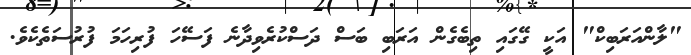
"ލާންއަރަބިކް" އަކީ ގޭގައި ތިބެގެން އަރަބި ބަސް ދަސްކުރެވިދާނެ ފަސޭހަ ފުރިހަމަ ފުރުސަތެކެވެ.